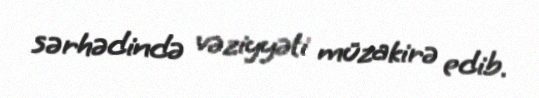
sərhədində vəziyyəti müzakirə edib.